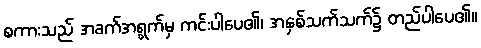
စကားသည် အခက်အရွက်မှ ကင်းပါပေ၏၊ အနှစ်သက်သက်၌ တည်ပါပေ၏။